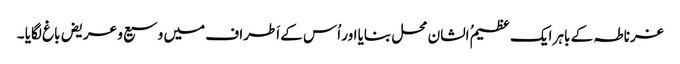
غرناطہ کے باہر ایک عظیمُ الشان محل بنایا اور اُس کے اَطراف میں وسیع و عریض باغ لگایا ۔